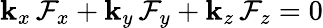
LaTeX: \mathbf{k}_{x}\, \mathcal{{F}}_{x}+\mathbf{k}_{y}\, \mathcal{{F}}_{y}+\mathbf{k}_{z}\, \mathcal{{F}}_{z}=0